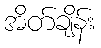
အိတ်ချိန်း